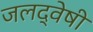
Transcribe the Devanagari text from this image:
जलद्वेषी